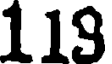
119